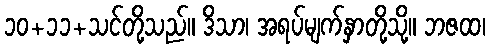
၁၀+၁၁+သင်တို့သည်။ ဒိသာ၊ အရပ်မျက်နှာတို့သို့။ ဘဇထ၊